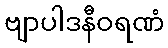
ဗျာပါဒနီဝရဏံ